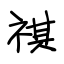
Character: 祺